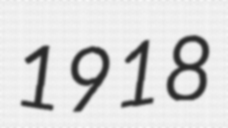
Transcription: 1918